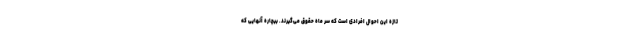
تازه این احوال افرادی است که سر ماه حقوق می‌گیرند. بیچاره آنهایی که